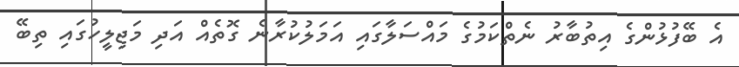
އެ ބޭފުޅުންގެ އިތުބާރު ނެތްކަމުގެ މައްސަލާގައި އަމަލުކުރާނެ ގޮތެއް އަދި މަޖިލީހުގައި ތިބޭ